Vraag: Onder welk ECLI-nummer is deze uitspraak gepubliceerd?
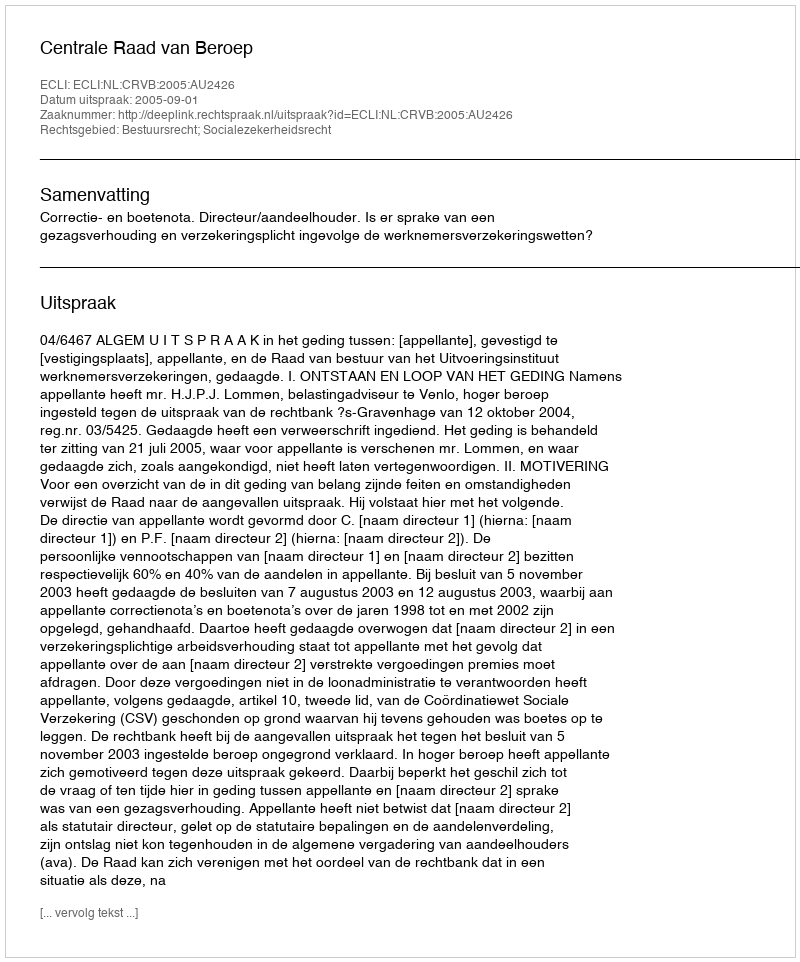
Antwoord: ECLI:NL:CRVB:2005:AU2426